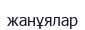
жанұялар